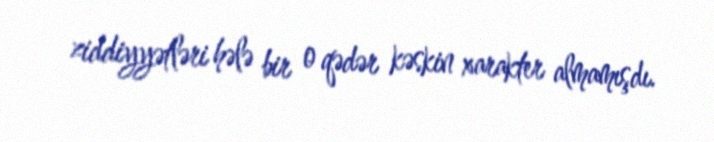
ziddiyyətləri hələ bir o qədər kəskin xarakter almamışdı.